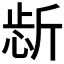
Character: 𱡫